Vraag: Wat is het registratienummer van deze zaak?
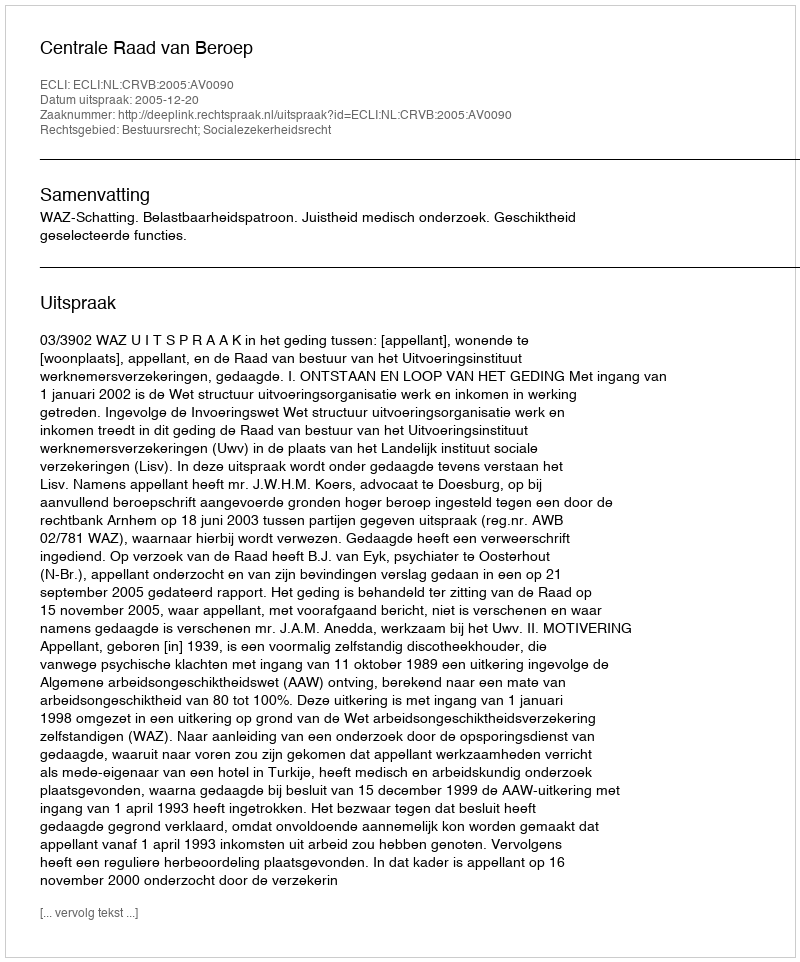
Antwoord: http://deeplink.rechtspraak.nl/uitspraak?id=ECLI:NL:CRVB:2005:AV0090